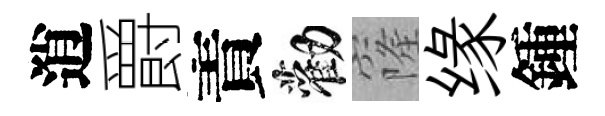
逍爵責勸窿缘鍾